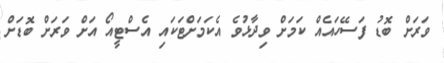
ވަރަށް ބޮޑު ފަސޭހައެއް ކަމަށް ވިދާޅުވެ އެކަމަށްޓަކައި އެސްޓީއޯ އަށް ވަރަށް ބޮޑަށް